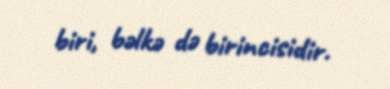
biri, bəlkə də birincisidir.